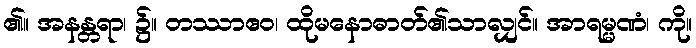
၏။ အနန္တရာ၊ ၌။ တဿာဧဝ၊ ထိုမနောဓာတ်၏သာလျှင်။ အာရမ္မဏံ၊ ကို။